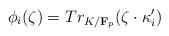
LaTeX: \begin{align*}\phi_i(\zeta) = Tr_{K/\mathbf{F}_p}(\zeta \cdot \kappa_i^{\prime})\end{align*}